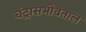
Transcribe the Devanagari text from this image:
चंद्रासभोवताल